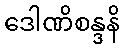
ဒေါဏိစန္ဒနိ